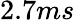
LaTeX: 2.7ms